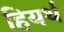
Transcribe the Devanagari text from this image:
हियर्थ